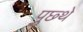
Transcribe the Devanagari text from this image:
पुछ्थे